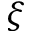
\xi